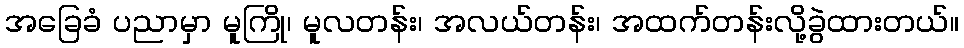
အခြေခံ ပညာမှာ မူကြို၊ မူလတန်း၊ အလယ်တန်း၊ အထက်တန်းလို့ခွဲထားတယ်။